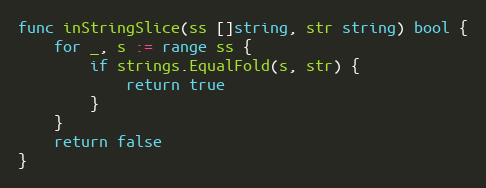
Language: Go
func inStringSlice(ss []string, str string) bool {
	for _, s := range ss {
		if strings.EqualFold(s, str) {
			return true
		}
	}
	return false
}